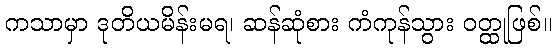
ကသာမှာ ဒုတိယမိန်းမရ၊ ဆန်ဆုံစား ကံကုန်သွား ဝတ္ထုဖြစ်။